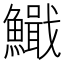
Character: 𫙺